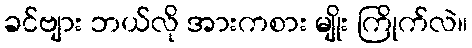
ခင်ဗျား ဘယ်လို အားကစား မျိုး ကြိုက်လဲ။